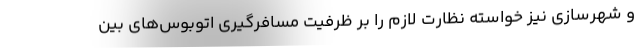
و شهرسازی نیز خواسته نظارت لازم را بر ظرفیت مسافرگیری اتوبوس‌های بین